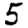
Digit: 5